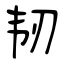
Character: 韧